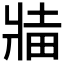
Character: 𬌅